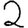
Digit: 2